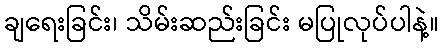
ချရေးခြင်း၊ သိမ်းဆည်းခြင်း မပြုလုပ်ပါနဲ့။